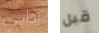
آذاني قبل